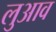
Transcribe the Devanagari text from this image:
लुआव